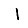
Digit: 1